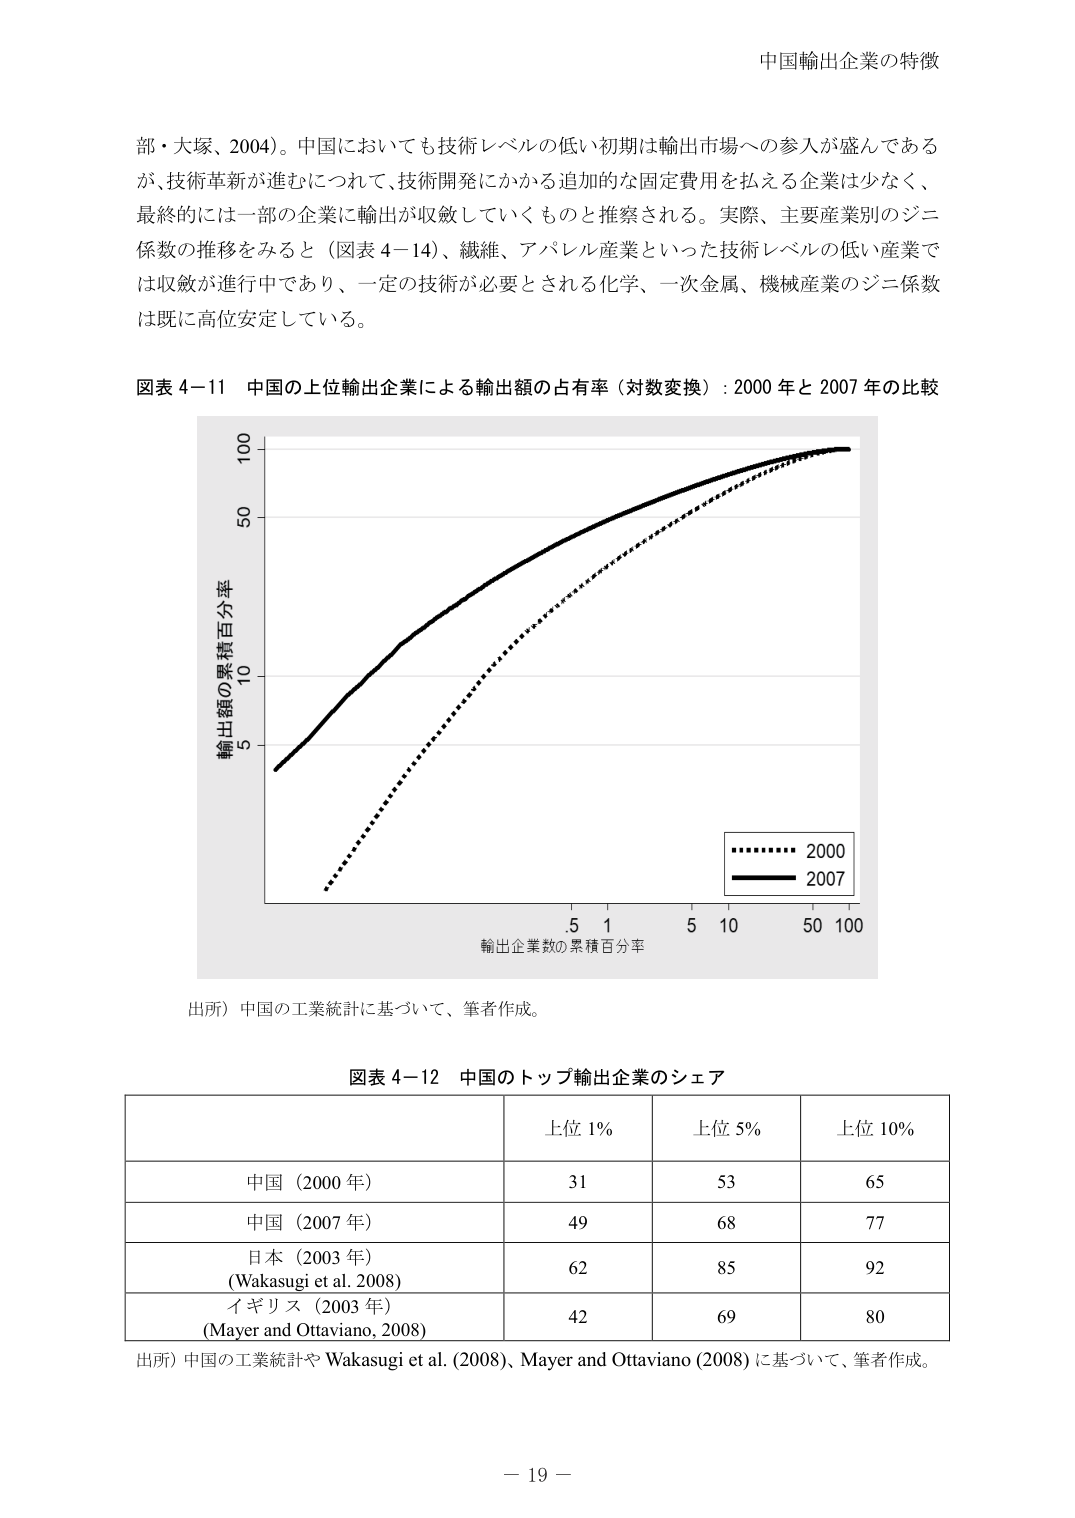
中国輸出企業の特徴

部・大塚、2004）。中国においても技術レベルの低い初期は輸出市場への参入が盛んであるが、技術革新が進むにつれて、技術開発にかかる追加的な固定費用を払える企業は少なく、最終的には一部の企業に輸出が収斂していくものと推察される。実際、主要産業別のジニ係数の推移をみると（図表4－14）、繊維、アパレル産業といった技術レベルの低い産業では収斂が進行中であり、一定の技術が必要とされる化学、一次金属、機械産業のジニ係数は既に高位安定している。

図表4－11 中国の上位輸出企業による輸出額の占有率（対数変換）：2000年と2007年の比較

輸出額の累積百分率
100
50
10
5

輸出企業数の累積百分率
.5 1 5 10 50 100

2000
2007

出所）中国の工業統計に基づいて、筆者作成。

図表4－12 中国のトップ輸出企業のシェア

上位1% 上位5% 上位10%

中国（2000年） 31 53 65
中国（2007年） 49 68 77
日本（2003年） 62 85 92
（Wakasugi et al. 2008）
イギリス（2003年） 42 69 80
（Mayer and Ottaviano, 2008）

出所）中国の工業統計やWakasugi et al. (2008)、Mayer and Ottaviano (2008)に基づいて、筆者作成。

－19－